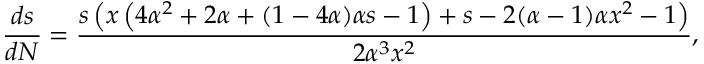
\frac { d s } { d N } = \frac { s \left( x \left( 4 \alpha ^ { 2 } + 2 \alpha + ( 1 - 4 \alpha ) \alpha s - 1 \right) + s - 2 ( \alpha - 1 ) \alpha x ^ { 2 } - 1 \right) } { 2 \alpha ^ { 3 } x ^ { 2 } } ,